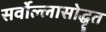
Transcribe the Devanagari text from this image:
सर्वोल्लासोद्धृत